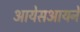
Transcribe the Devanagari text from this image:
आयेसआयने